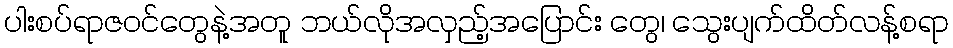
ပါးစပ်ရာဇဝင်တွေနဲ့အတူ ဘယ်လိုအလှည့်အပြောင်း တွေ၊ သွေးပျက်ထိတ်လန့်စရာ